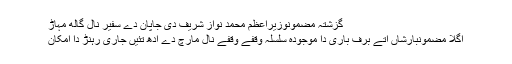
گزشتہ مضمونوزیراعظم محمد نواز شریف دی جاپان دے سفیر نال گالھ مہاڑ
اگلا مضمونبارشاں اتے برف باری دا موجودہ سلسلہ وقفے وقفے نال مارچ دے ادھ تئیں جاری رہنڑ دا امکان